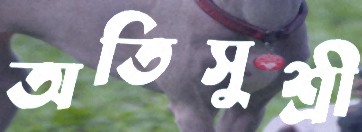
অতিসুশ্রী